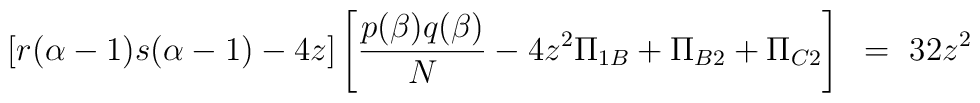
[r(\alpha-1)s(\alpha-1)-4z]\left[ \frac{p(\beta)q(\beta)}{N} - 4z^2\Pi_{1B}+ \Pi_{B2} + \Pi_{C2} \right] ~=~ 32z^2